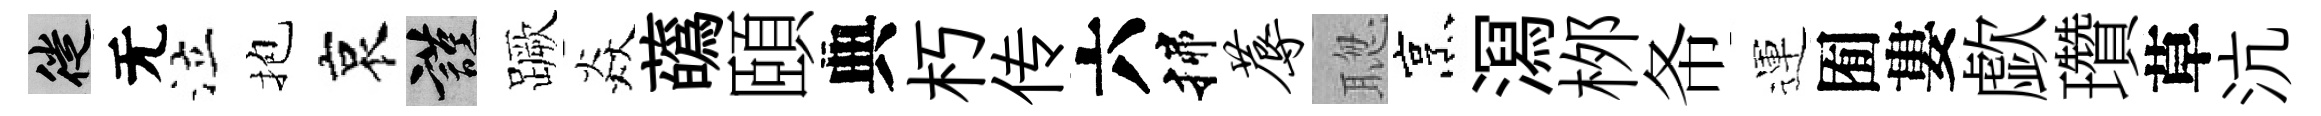
徙无泣抱哀謹蹶焱蘤頤典朽传六揲蓐聦烹㵼桞𢁙運囿婁歔瓚草沆